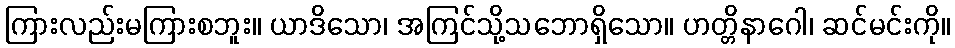
ကြားလည်းမကြားစဘူး။ ယာဒိသော၊ အကြင်သို့သဘောရှိသော။ ဟတ္တိနာဂေါ၊ ဆင်မင်းကို။